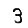
Digit: 3